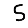
Digit: 5